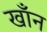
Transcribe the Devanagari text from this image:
खाँन